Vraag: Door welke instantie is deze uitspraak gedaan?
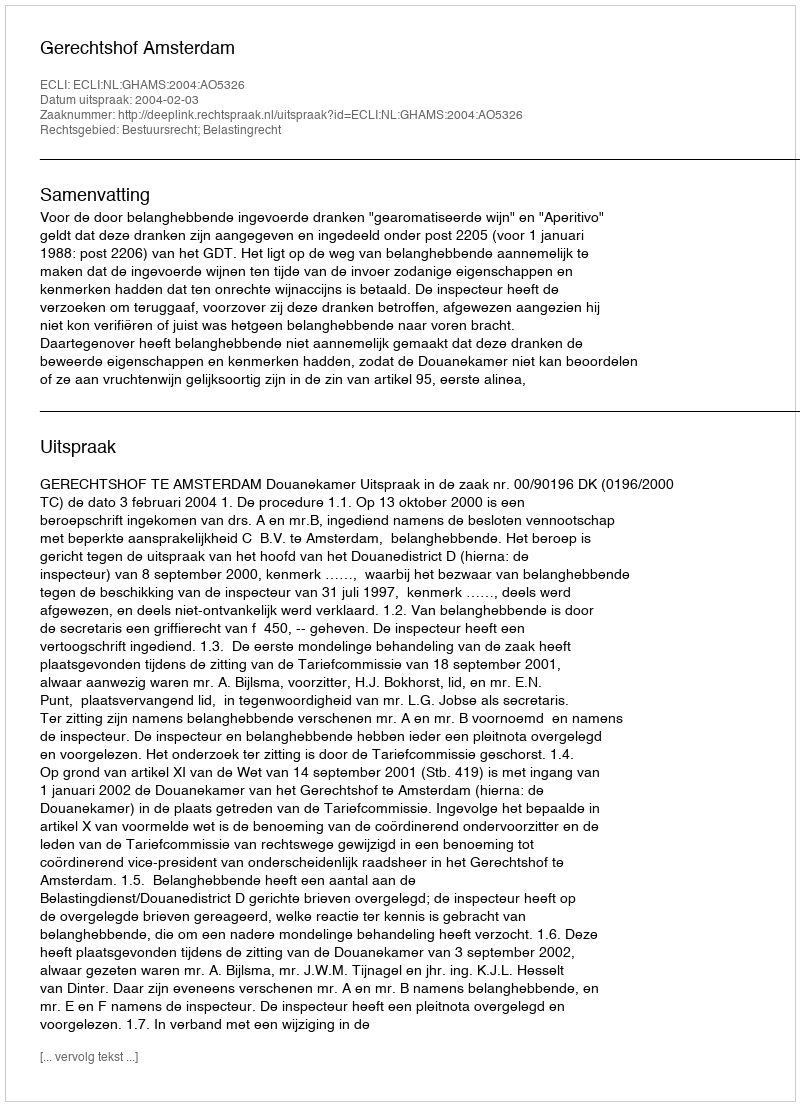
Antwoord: Gerechtshof Amsterdam